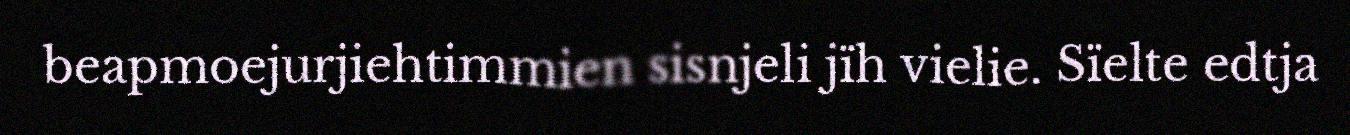
beapmoejurjiehtimmien sisnjeli jïh vielie. Sïelte edtja